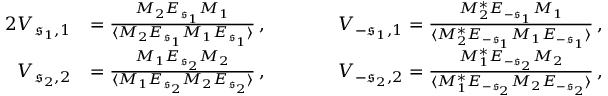
\begin{array} { r l r l } { { 2 } V _ { \mathfrak { s } _ { 1 } , 1 } } & { = \frac { M _ { 2 } E _ { \mathfrak { s } _ { 1 } } M _ { 1 } } { \langle M _ { 2 } E _ { \mathfrak { s } _ { 1 } } M _ { 1 } E _ { \mathfrak { s } _ { 1 } } \rangle } \, , \qquad } & & { V _ { - \mathfrak { s } _ { 1 } , 1 } = \frac { M _ { 2 } ^ { * } E _ { - \mathfrak { s } _ { 1 } } M _ { 1 } } { \langle M _ { 2 } ^ { * } E _ { - \mathfrak { s } _ { 1 } } M _ { 1 } E _ { - \mathfrak { s } _ { 1 } } \rangle } \, , } \\ { V _ { \mathfrak { s } _ { 2 } , 2 } } & { = \frac { M _ { 1 } E _ { \mathfrak { s } _ { 2 } } M _ { 2 } } { \langle M _ { 1 } E _ { \mathfrak { s } _ { 2 } } M _ { 2 } E _ { \mathfrak { s } _ { 2 } } \rangle } \, , \qquad } & & { V _ { - \mathfrak { s } _ { 2 } , 2 } = \frac { M _ { 1 } ^ { * } E _ { - \mathfrak { s } _ { 2 } } M _ { 2 } } { \langle M _ { 1 } ^ { * } E _ { - \mathfrak { s } _ { 2 } } M _ { 2 } E _ { - \mathfrak { s } _ { 2 } } \rangle } \, , } \end{array}